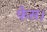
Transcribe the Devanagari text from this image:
फेस।